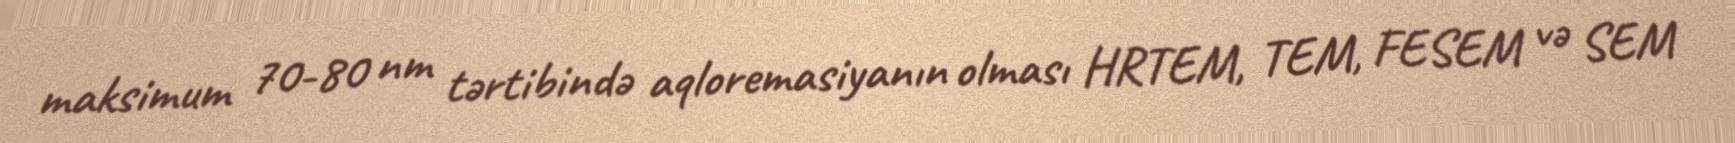
maksimum 70-80 nm tərtibində aqloremasiyanın olması HRTEM, TEM, FESEM və SEM